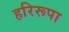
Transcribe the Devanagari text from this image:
हरिरूपा